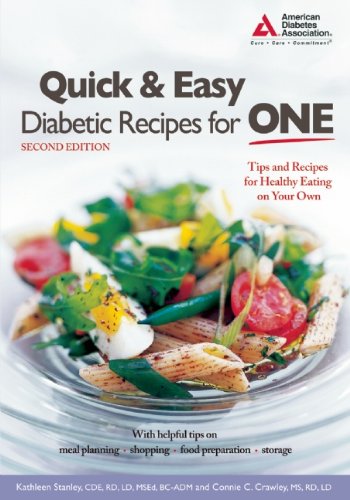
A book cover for Quick & Easy Diabetic Recipes for One; Kathleen Stanley C.D.E; Cookbooks, Food & Wine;